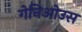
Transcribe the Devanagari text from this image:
गेनिओउस